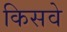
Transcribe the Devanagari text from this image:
किसवे